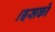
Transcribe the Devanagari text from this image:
।इसको